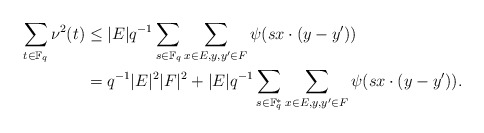
\begin{align*}\sum_{t\in \mathbb F_q} \nu^2(t)&\leq |E|q^{-1} \sum_{s\in \mathbb F_q} \sum_{x\in E, y, y^\prime\in F} \psi(sx\cdot (y-y^\prime))\\&=q^{-1}|E|^2|F|^2 + |E|q^{-1} \sum_{s\in \mathbb F_q^*} \sum_{x\in E, y, y^\prime\in F} \psi(sx\cdot (y-y^\prime)).\end{align*}